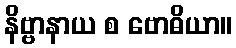
နိဗ္ဗာနာယ စ ဗောဓိယာ။